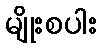
မျိုးစပါး